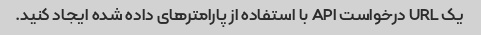
یک URL درخواست API با استفاده از پارامترهای داده شده ایجاد کنید.